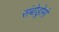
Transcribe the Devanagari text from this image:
संबोड्रोमो